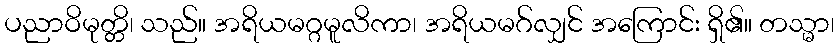
ပညာဝိမုတ္တိ၊ သည်။ အရိယမဂ္ဂမူလိကာ၊ အရိယမဂ်လျှင် အကြောင်း ရှိ၏။ တသ္မာ၊